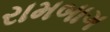
રામબાગ